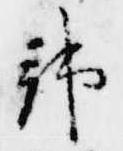
邦